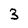
Character: 3